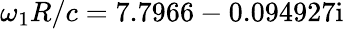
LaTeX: \omega_{1}R/c=7.7966-0.094927\mathrm{i}